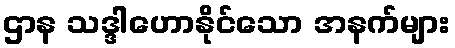
ဌာန သဒ္ဒါဟောနိုင်သော အနက်များ